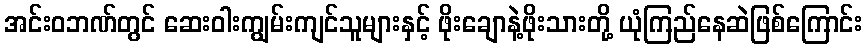
အင်းဝဘဏ်တွင် ဆေးဝါးကျွမ်းကျင်သူများနှင့် ဖိုးချောနဲ့ဖိုးသားတို့ ယုံကြည်နေဆဲဖြစ်ကြောင်း